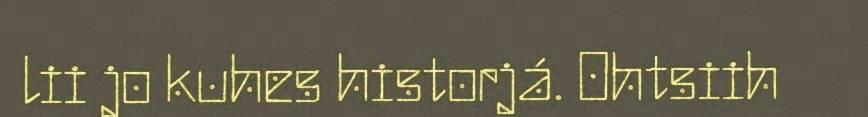
lii jo kuhes historjá. Ohtsiih